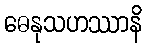
ဓေနုသဟဿာနိ